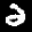
Label: 2